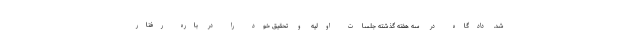
شد. دادگاه در سه هفته گذشته جلسات اولیه و تحقیق خود را در باره رفتار